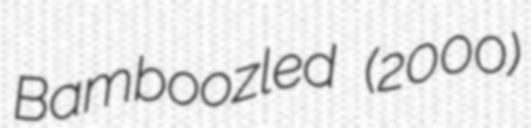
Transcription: Bamboozled (2000)